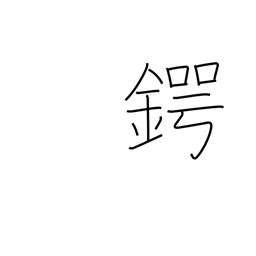
Meaning: kettle brim